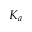
K _ { a }